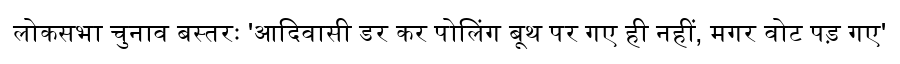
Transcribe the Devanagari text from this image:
लोकसभा चुनाव बस्तरः 'आदिवासी डर कर पोलिंग बूथ पर गए ही नहीं, मगर वोट पड़ गए'